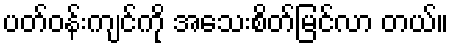
ပတ်ဝန်းကျင်ကို အသေးစိတ်မြင်လာ တယ်။